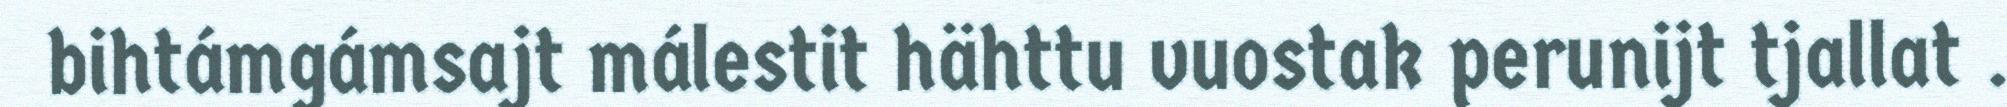
bihtámgámsajt málestit hähttu vuostak perunijt tjallat .